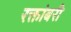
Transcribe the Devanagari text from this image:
रक्तांबरी